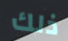
ذلك